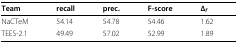
| Team | recall | prec. | F-score | Δf |
 | --- | --- | --- | --- | --- |
 | NaCTeM | 54.14 | 54.78 | 54.46 | 1.62 |
 | TEES-2.1 | 49.49 | 57.02 | 52.99 | 1.89 |